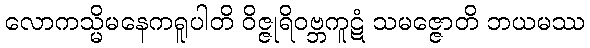
လောကသ္မိမနေကရူပါတိ ဝိဇ္ဇုရိဝဗ္ဘကူဋံ သမဇ္ဇောတိ ဘယမဿ